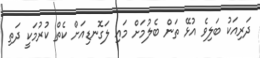
ދަރިއަކު ބަލިވެ އުޅޭ ތަން ބެލުމަށް މައި ލަގޮނޑިއަށް ކެތް ކުރުމަކީ ދަތި